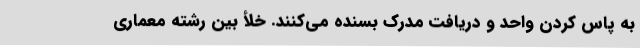
به پاس کردن واحد و دریافت مدرک بسنده می‌کنند. خلأ بین رشته معماری